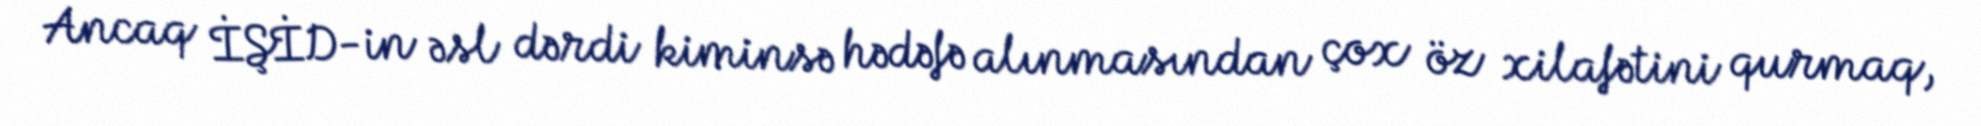
Ancaq İŞİD-in əsl dərdi kiminsə hədəfə alınmasından çox öz xilafətini qurmaq,